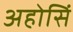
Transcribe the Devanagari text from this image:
अहोसिं